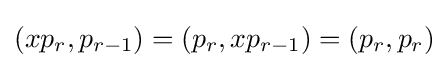
(xp_{r},p_{r-1})=(p_{r},xp_{r-1})=(p_{r},p_{r})